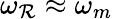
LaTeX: \omega_{\mathcal{R}}\approx\omega_{m}